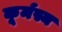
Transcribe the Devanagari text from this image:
कूर्मस्य